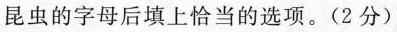
昆虫的字母后填上恰当的选项。(2分)